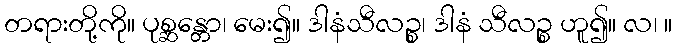
တရားတို့ကို။ ပုစ္ဆန္တော၊ မေး၍။ ဒါနံသီလဉ္စ၊ ဒါနံ သီလဉ္စ ဟူ၍။ လ၊ ။